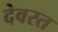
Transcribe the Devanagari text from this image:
देवरत